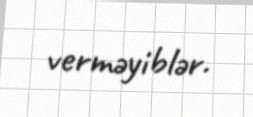
verməyiblər.